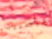
القنصلية